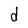
Character: d